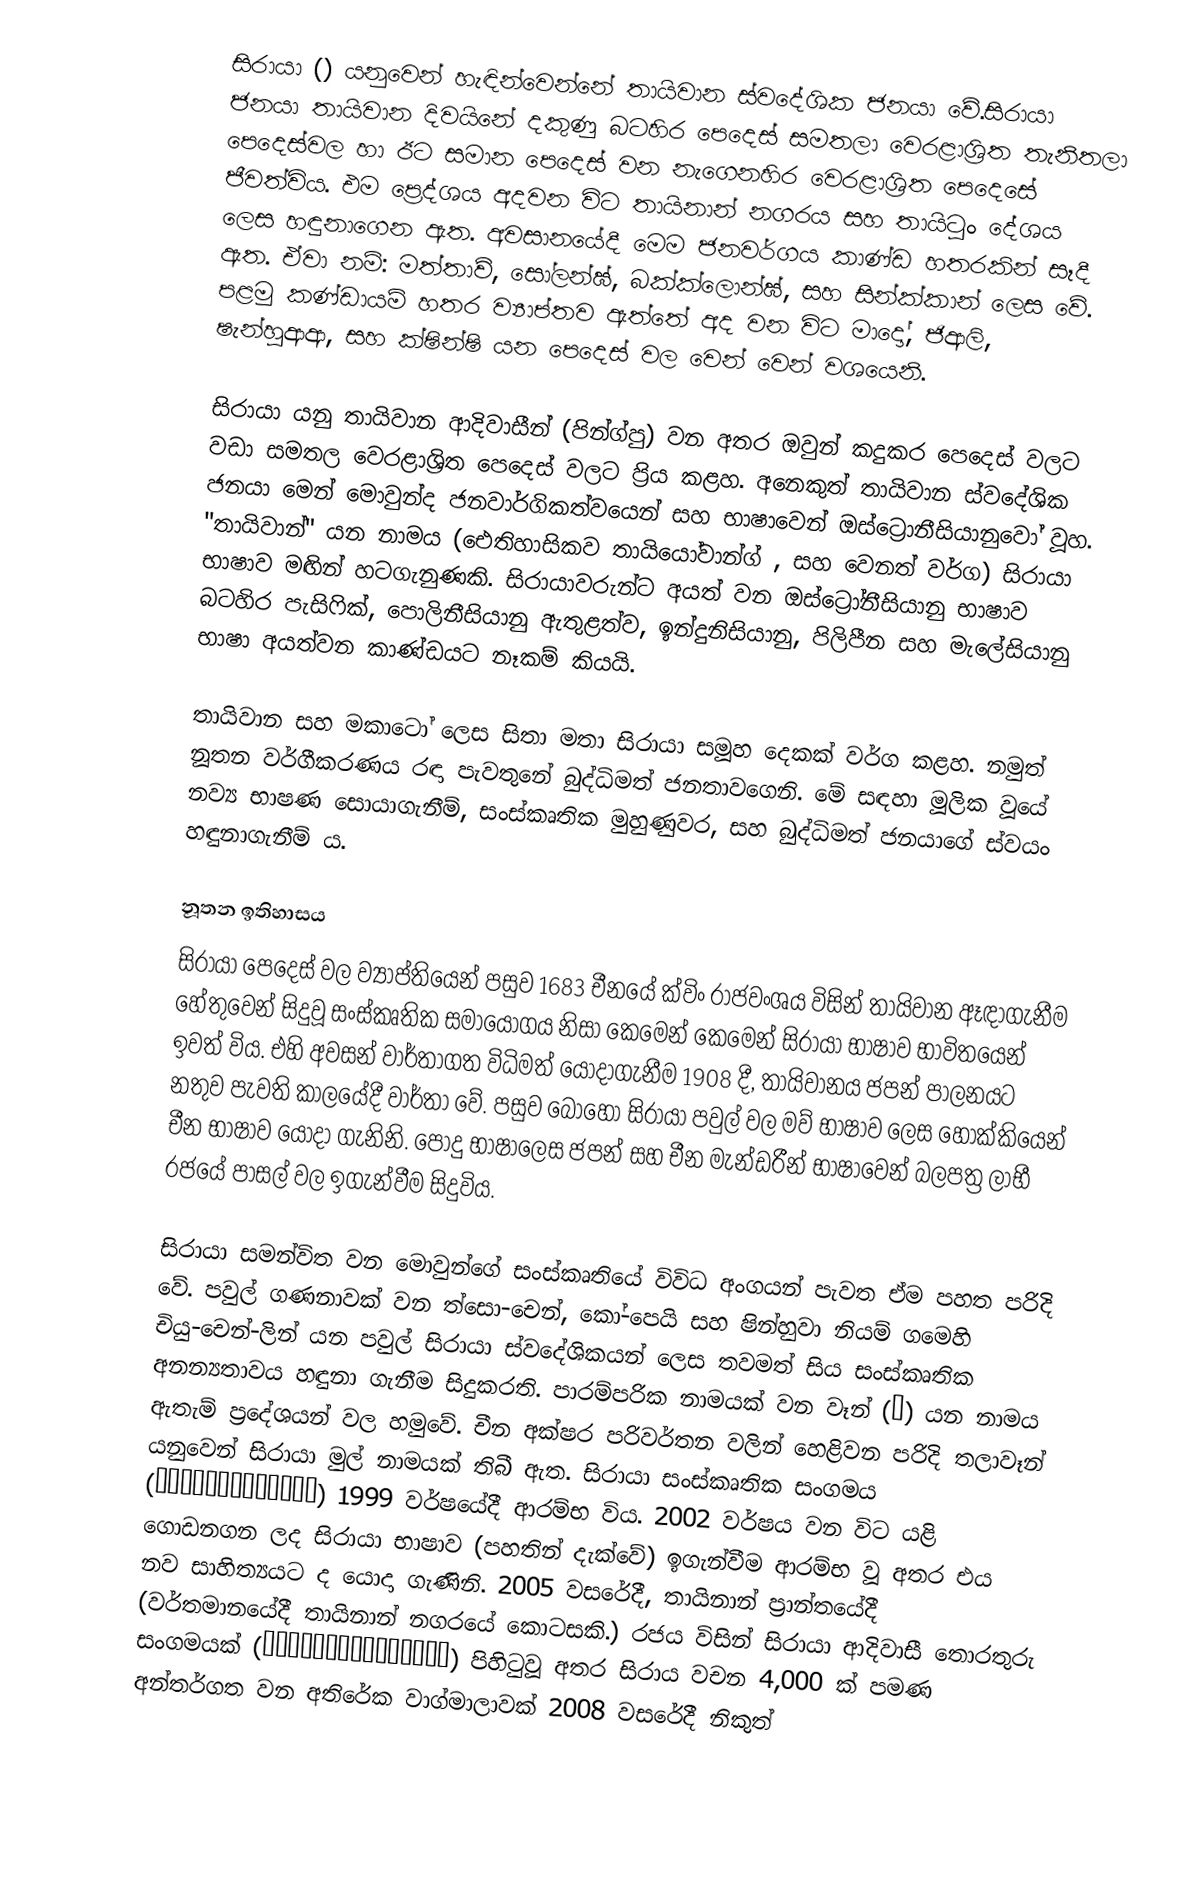
සිරායා () යනුවෙන් හැඳින්වෙන්නේ තායිවාන ස්වදේශික ජනයා  වේ.සිරායා ජනයා තායිවාන දිවයිනේ දකුණු බටහිර පෙදෙස් සමතලා වෙරළාශ්‍රිත තැනිතලා පෙදෙස්වල හා ඊට සමාන පෙදෙස් වන නැගෙනහිර වෙරළාශ්‍රිත පෙදෙසේ ජීවත්විය. එම ප්‍රෙද්ශය අදවන විට තායිනාන් නගරය සහ තායිටුං දේශය ලෙස හඳුනාගෙන ඇත. අවසානයේදී මෙම ජනවර්ගය කාණ්ඩ හතරකින් සෑදී ඇත. ඒවා නම්: මත්තාව්,  සෝලන්ඝ්,  බක්ක්ලොන්ඝ්, සහ සින්ක්කාන්  ලෙස වේ. පළමු කණ්ඩායම් හතර ව්‍යාප්තව ඇත්තේ අද වන විට මාදෝ, ජිආලි, ෂැන්හුආආ, සහ  ක්ෂින්ෂි  යන පෙදෙස් වල වෙන් වෙන් වශයෙනි.

සිරායා යනු තායිවාන ආදිවාසීන් (පින්ග්පු) වන අතර  ඔවුන් කදුකර  පෙදෙස් වලට වඩා සමතල වෙරළාශ්‍රිත පෙදෙස් වලට ප්‍රිය කළහ. අනෙකුත් තායිවාන ස්වදේශික ජනයා මෙන් මොවුන්ද ජනවාර්ගිකත්වයෙන්  සහ භාෂාවෙන්  ඔස්ට්‍රොනීසියානුවෝ වූහ. "තායිවාන්" යන නාමය (ඓතිහාසිකව තායියෝවාන්ග් ,  සහ වෙනත් වර්ග) සිරායා භාෂාව මඟින් හටගැනුණකි. සිරායාවරුන්ට අයත් වන ඔස්ට්‍රෝනීසියානු භාෂාව බටහිර පැසිෆික්, පොලිනීසියානු ඇතුළත්ව, ඉන්දුනිසියානු, පිලිපීන සහ මැලේසියානු භාෂා අයත්වන කාණ්ඩයට නෑකම් කියයි.

තායිවාන සහ මකාටෝ ලෙස  සිතා මතා සිරායා සමූහ දෙකක් වර්ග කළහ. නමුත් නූතන වර්ගීකරණය රඳා පැවතුනේ බුද්ධිමත් ජනතාවගෙනි. මේ සඳහා මූලික වූයේ නව්‍ය  භාෂණ සොයාගැනීම්, සංස්කෘතික මුහුණුවර, සහ බුද්ධිමත් ජනයාගේ ස්වයං හඳුනාගැනීම් ය.

නූතන ඉතිහාසය
සිරායා පෙදෙස් වල ව්‍යාප්තියෙන් පසුව 1683 චීනයේ ක්විං රාජවංශය විසින් තායිවාන ඈඳාගැනීම හේතුවෙන් සිදුවූ සංස්කෘතික සමායෝගය නිසා කෙමෙන් කෙමෙන් සිරායා භාෂාව භාවිතයෙන් ඉවත් විය. එහි අවසන් වාර්තාගත විධිමත් යොදාගැනීම 1908 දී, තායිවානය ජපන් පාලනයට නතුව පැවති කාලයේදී වාර්තා වේ. පසුව බොහෝ සිරායා පවුල් වල මව් භාෂාව ලෙස හොක්කියෙන් චීන භාෂාව  යොදා ගැනිනි. පොදු භාෂාලෙස  ජපන් සහ චීන මැන්ඩරීන් භාෂාවෙන් බලපත්‍ර ලාභී රජයේ පාසල් වල ඉගැන්වීම සිදුවිය.

සිරායා සමන්විත වන  මොවුන්ගේ සංස්කෘතියේ විවිධ අංගයන් පැවත ඒම පහත පරිදි වේ. පවුල් ගණනාවක් වන ත්සො-චෙන්, කෝ-පෙයි සහ ෂින්හුවා නියම් ගමෙහි චියු-චෙන්-ලින් යන ‍පවුල්  සිරායා ස්වදේශිකයන් ලෙස තවමත් සිය සංස්කෘතික අනන්‍යතාවය හඳුනා ගැනීම සිදුකරති. පාරම්පරික නාමයක් වන  වෑන් (萬) යන නාමය ඇතැම් ප්‍රදේශයන් වල හමුවේ. චීන අක්ෂර පරිවර්තන වලින් හෙළිවන පරිදි  තලාවෑන් යනුවෙන් සිරායා මුල් නාමයක් තිබී ඇත.  සිරායා සංස්කෘතික සංගමය (台南縣平埔族西拉雅文化協會) 1999 වර්ෂයේදී ආරම්භ විය. 2002 වර්ෂය වන විට යළි ගොඩනගන ලද සිරායා භාෂාව (පහතින් දැක්වේ) ඉගැන්වීම ආරම්භ වූ අතර එය නව සාහිත්‍යයට ද යොදා ගැණිනි. 2005 වසරේදී, තායිනාන් ප්‍රාන්ත‍යේදී (වර්තමානයේදී තායිනාන් නගරයේ කොටසකි.) රජය විසින් සිරායා ආදිවාසී තොරතුරු සංගමයක් (台南縣西拉雅原住民族事務委員會)  පිහිටුවූ අතර  සිරාය වචන 4,000 ක් පමණ අන්තර්ගත වන අතිරේක වාග්මාලාවක් 2008 වසරේදී නිකුත්